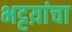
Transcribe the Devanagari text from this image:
भट्टय़ांचा